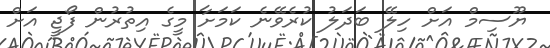
ޔޫސިމް އަށް ހިލޭ ބަދަލު ކުރެވޭނެ ކަމަށާ މީގެ އިތުރުން ފޯޖީ އަށް